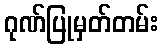
ဂုဏ်ပြုမှတ်တမ်း